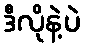
ဒီလိုနဲ့ပဲ